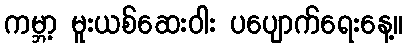
ကမ္ဘာ့ မူးယစ်ဆေးဝါး ပပျောက်ရေးနေ့။